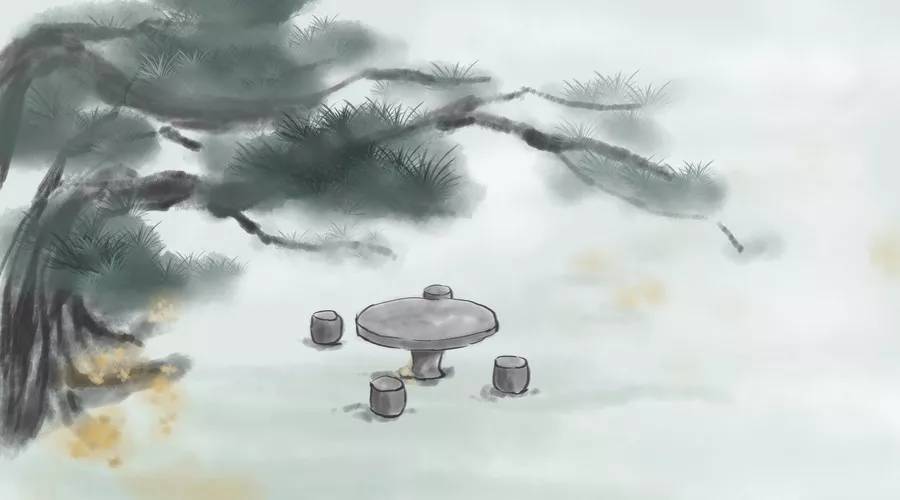
世事短如春梦，人情薄似秋云。